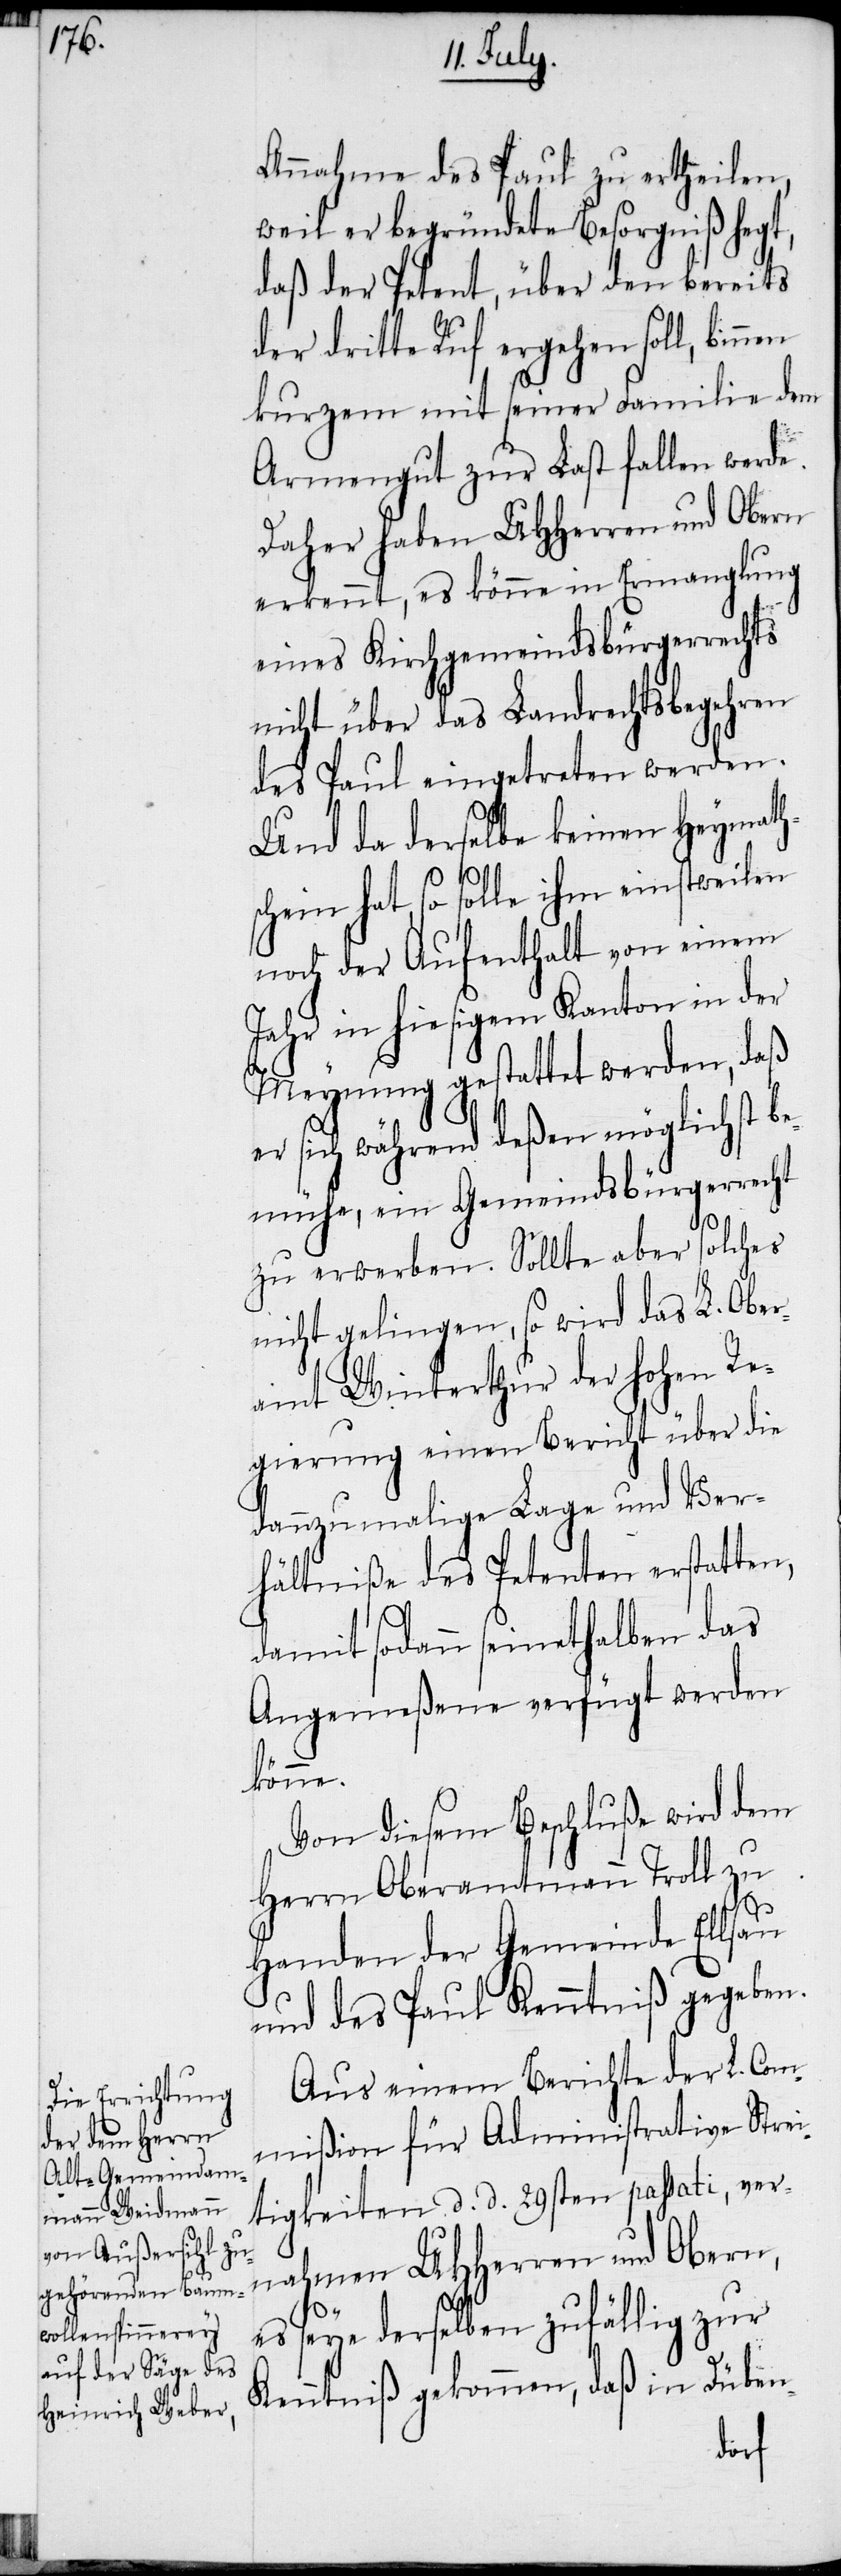
Annahme des Paul zu ertheilen,
weil er begründete Besorgniß hegt,
daß der Petent, über den bereits
der dritte Ruf ergehen soll, bin¬
kurzem mit seiner Familie dem
Armengut zur Last fallen werde.
Daher haben UHHerren und Obern
erkennt, es könne in Ermanglung
eines Kirchgemeindsbürgerrechts
nicht über das Landrechtsbegehren
des Paul eingetreten werden.
Und da derselbe keinen Heymaths¬
chein hat, so solle ihm einstweilen
noch der Aufenthalt von einem
Jahr in hiesigem Kanton in der
Meynung gestattet werden, daß
er sich während deßen möglichst b¬
emühe, ein Gemeindsbürgerrecht
zu erwerben. Sollte aber solches
nicht gelingen, so wird das L. Ober¬
amt Winterthur der hohen Re¬
gierung einen Bericht über die
dannzumalige Lage und Ver¬
hältniße des Petenten erstatten,
damit sodann seinethalben das
Angemeßene verfügt werden
könne.
Von diesem Beschluße wird dem
Herrn Oberamtmann Troll zu
Handen der Gemeinde Ellsau
und des Paul Kenntniß gegeben.
Aus einem Berichte der L. Com¬
mißion für Administrative Strei¬
tigkeiten d. d. 29sten passati, ver¬
nahmen UHHerren und Obern,
es sey derselben zufällig zur
Kenntniß gekommen, daß in Düben-
nen